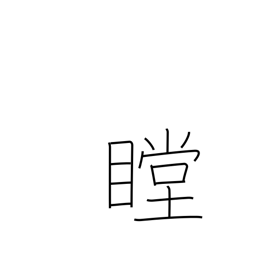
Meaning: stare intently